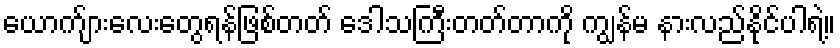
ယောက်ျားလေးတွေရန်ဖြစ်တတ် ဒေါသကြီးတတ်တာကို ကျွန်မ နားလည်နိုင်ပါရဲ့။